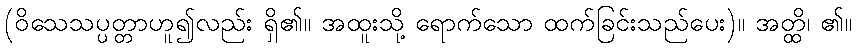
(ဝိသေသပ္ပတ္တာဟူ၍လည်း ရှိ၏။ အထူးသို့ ရောက်သော ထက်ခြင်းသည်ပေး)။ အတ္ထိ၊ ၏။